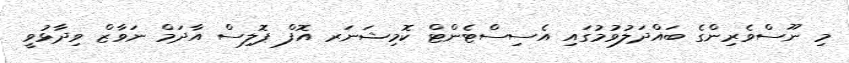
މި ނޫސްވެރިންގެ ބައްދަލުވުމުގައި އެސިސްޓެންޓް ކޮމިޝަނަރ އޮފް ޕޮލިސް އާދަމް ނަވާޒް ވިދާޅުވީ